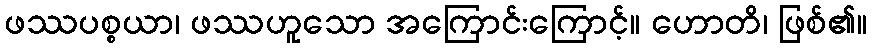
ဖဿပစ္စယာ၊ ဖဿဟူသော အကြောင်းကြောင့်။ ဟောတိ၊ ဖြစ်၏။